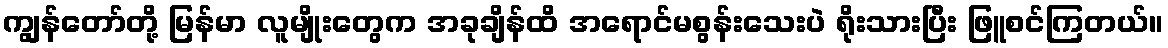
ကျွန်တော်တို့ မြန်မာ လူမျိုးတွေက အခုချိန်ထိ အရောင်မစွန်းသေးပဲ ရိုးသားပြီး ဖြူစင်ကြတယ်။